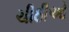
ચીઠીઓ